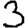
Digit: 3